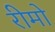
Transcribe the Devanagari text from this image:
रीमो